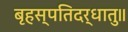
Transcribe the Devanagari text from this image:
बृहस्पतिदर्धातु॥